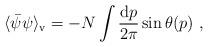
LaTeX: \begin{align*}\langle \bar{\psi}\psi \rangle_{\rm v} = -N \int \frac{{\rm d}p}{2\pi}\sin \theta(p)\ ,\end{align*}